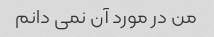
من در مورد آن نمی دانم